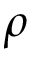
\rho